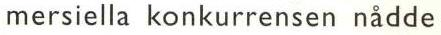
mersiella konkurrensen nådde